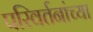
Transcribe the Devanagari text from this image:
परिवर्तनांच्या